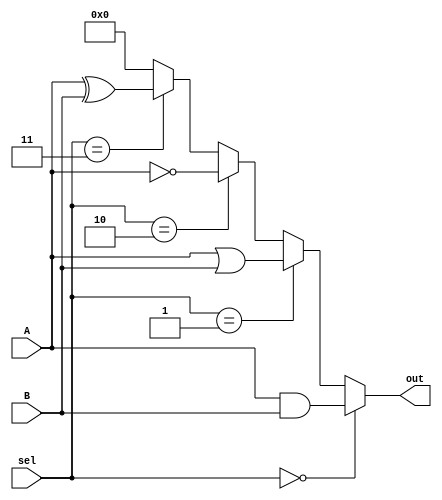
module combinational_logic_block (
    input wire [3:0] A,        // 4-bit input A
    input wire [3:0] B,        // 4-bit input B
    input wire [1:0] sel,      // 2-bit select signal for function selection
    output wire [3:0] out      // 4-bit output
);

// Shared logic gates
wire [3:0] and_out;
wire [3:0] or_out;
wire [3:0] not_out;
wire [3:0] xor_out;

// AND operation
assign and_out = A & B;

// OR operation
assign or_out = A | B;

// NOT operation (only A for simplicity)
assign not_out = ~A;

// XOR operation
assign xor_out = A ^ B;

// Multiplexer for function selection
assign out = (sel == 2'b00) ? and_out :  // AND function
             (sel == 2'b01) ? or_out :   // OR function
             (sel == 2'b10) ? not_out :   // NOT function (only A)
             (sel == 2'b11) ? xor_out :   // XOR function
             4'b0000;                    // Default case (all zeros)

endmodule